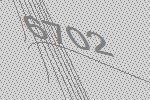
6702